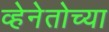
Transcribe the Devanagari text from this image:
व्हेनेतोच्या